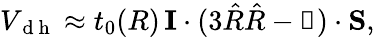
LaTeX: V_{\mathrm{~d~h~}}\approx t_{0}(R)\, {\mathbf I}\cdot(3\hat{R}\hat{R}-\mathbb{1})\cdot{\mathbf S},